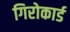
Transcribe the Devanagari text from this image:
गिरोकार्ड